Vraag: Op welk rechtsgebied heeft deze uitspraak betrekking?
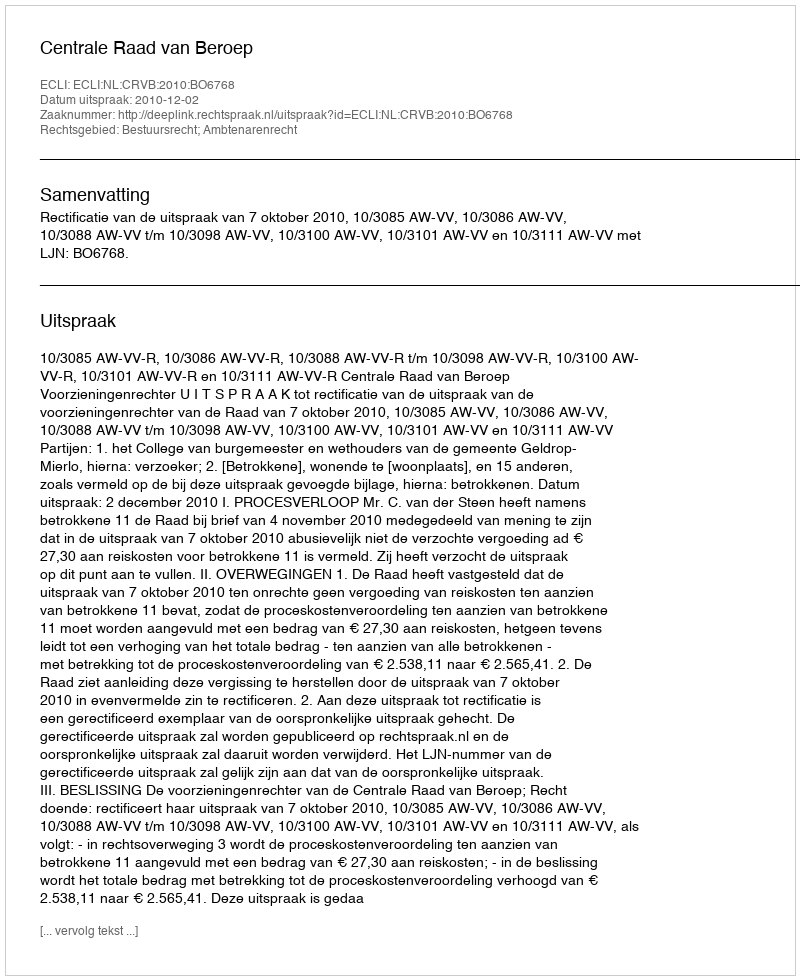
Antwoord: Bestuursrecht; Ambtenarenrecht